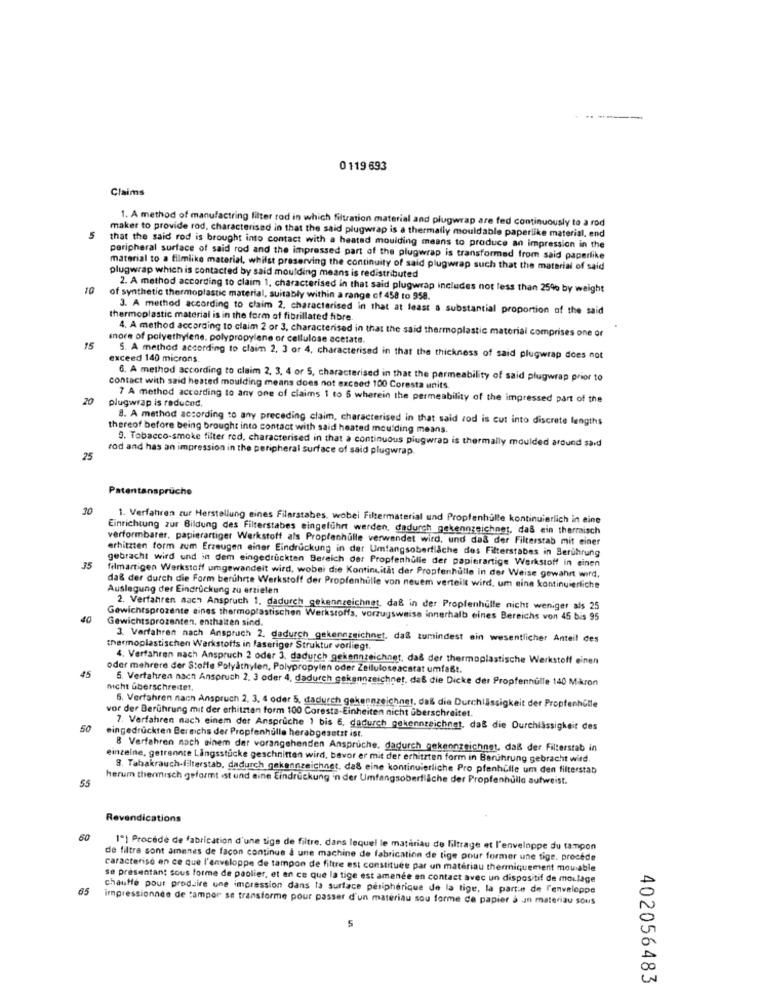
0119 693
Claims
1. A method of manufactring filter rod in which filtration material and plugwrap are fed continuously to a rod
maker to provide rod, characterised in that the said plugwrap is a thermally mouldable paperlike material, end
that the said rod is brought into contact with a heated moulding means to produce an impression in the
peripheral surface of said rod and the impressed part of the plugwrap is transformed from said paperlike
plugwrap which is contacted by said moulding means is redistributed
material to a filmlike material, whilst preserving the continuity of said plugwrap such that the material of said
10
2. A method according to claim 1, characterised in that said plugwrap includes not less than 25% by weight
of synthetic thermoplastic material, suitably within a range of 458 to 958.
3. A method according to claim 2. characterised in that at least a substantial proportion of the said
thermoplastic material is in the form of fibrillated fibre.
4. A method according to claim 2 or 3, characterised in that the said thermoplastic material comprises one or
more of polyethylene, polypropylene or cellulose acetate.
15
exceed 140 microns.
S. A method according to claim 2, 3 or 4, characterised in that the thickness of said plugwrap does not
6. A method according to claim 2, 3, 4 or 5, characterised in that the permeability of said plugwrap prior to
contact with said heated moulding means does not exceed 100 Coresta units
20
plugwrap is reduced.
7 A method according to any one of claims 1 to 5 wherein the permeability of the impressed part of the
8. A method according to any preceding claim, characterised in that said rod is cut into discrete lengths
thereof before being brought into contact with said heated moulding means.
9. Tobacco-smoke filter red, characterised in that a continuous plugwrap is thermally moulded around said
rod and has an impression in the peripheral surface of said plugwrap.
25
Patentansprüche
30
1. Verfahren zur Herstellung eines Filarstabes, wobei Filtermaterial und Propfenhülle kontinuierlich in eine
Einrichtung zur Bildung des Filterstabes eingeführt werden, dadurch gekennzeichnet, das ein thermisch
verformbarer, papierartiger Werkstoff als Proplanhulle verwendet wird, und das der Filterstab mit einer
erhitzten form zum Erzeugen einer Eindruckung in der Umfangsoberfläche dos Filterstabes in Berührung
gebracht wird und in dem eingedruckten Bereich der Propfenhulle der papierartige Werkstoff in einen
35
filmartigen Werkstoff umgewandelt wird, wobei die Kontinuitat der Proptenhulle in der Weise gewahrt wird.
da& der durch die Form berührte Werkstoff der Propfenhulle von neuem verteilt wird, um eine kontinuierliche
Auslegung der Eindruckung zu erzielen
2. Verfahren nach Anspruch 1. dadurch gekennzeichnet, daß in der Propfenhulle nicht weniger als 25
40
Gewichtsprozenten. enthalten sind.
Gewichtsprozente eines thermoplastischen Werkstoffs, vorzugsweise innerhalb eines Bereichs von 45 bis 95
3. Verfahren nach Anspruch 2. dadurch gekennzeichnet, daß zumindest ein wesentlicher Anteil des
thermoplastischen Werkstoffs in faseriger Struktur vorliegt.
4. Verfahren nach Anspruch 2 oder 3. dadurch gekennzeichnet, daß der thermoplastische Werkstoff einen
45
oder mehrere der Stoffe Polyåthylen, Polypropylen oder Zelluloseacstat umfaßt.
5. Verfahren nacht Anspruch 2. 3 oder 4, dadurch gekennzeichnet, daß die Dicke der Propfennulle 140 Mikron
nicht überschreitet.
vor der Berührung mit der erhitztan form 100 Coresta-Einheiten nicht überschreitet.
6. Verfahren nach Anspruch 2, 3, 4 oder 5. dadurch gekennzeichnet, daß die Durchlässigkeit der PropfenhGlle
7. Verfahren nach einem der Anspruche 1 bis 6, dadurch gekennzeichnet, daß die Durchlässigkeit des
50 eingedruckten Bereichs der Propfenhulle herabgesetzt ist.
B Verfahren nach einem der vorangehenden Anspruche. dadurch gekennzeichnet, daß der Filterstab in
einzelne, getrennte Längsstücke geschnitten wird, bavor er mit der erhitzten form in Berührung gebracht wird.
9. Tabakrauch-filterstab, dadurch gekennzeichnet, da& eine kontinuierliche Pro pfenhulle um den filterstan
55
herum thermisch geformt ist und aine Eindruckung 'n der Umfangsoberfläche der Propfenhullo aufweist.
Revendications
60
1º) Procédé de fabrication d'une tiga de filtre, dans lequel le matériau de filtrage et l'enveloppe du tampon
de filtra sont amenes de façon continua à une machine de fabrication de tige pour former une tige, procede
caracteriso en ce que l'enveloppe de tampon de filtre est constituée par un matériau thermiquement mouable
se présentant sous forme de paolier, et en ce que la tige est amenée en contact avec un dispositif de moulage
65
chauffe pour produire une impression dans la surface périphérique de la tige, la parte de l'enveloppe
impressionnée de tampor se transforme pour passer d'un matériau sou forme de papier à In materiau Sous
5
402056483